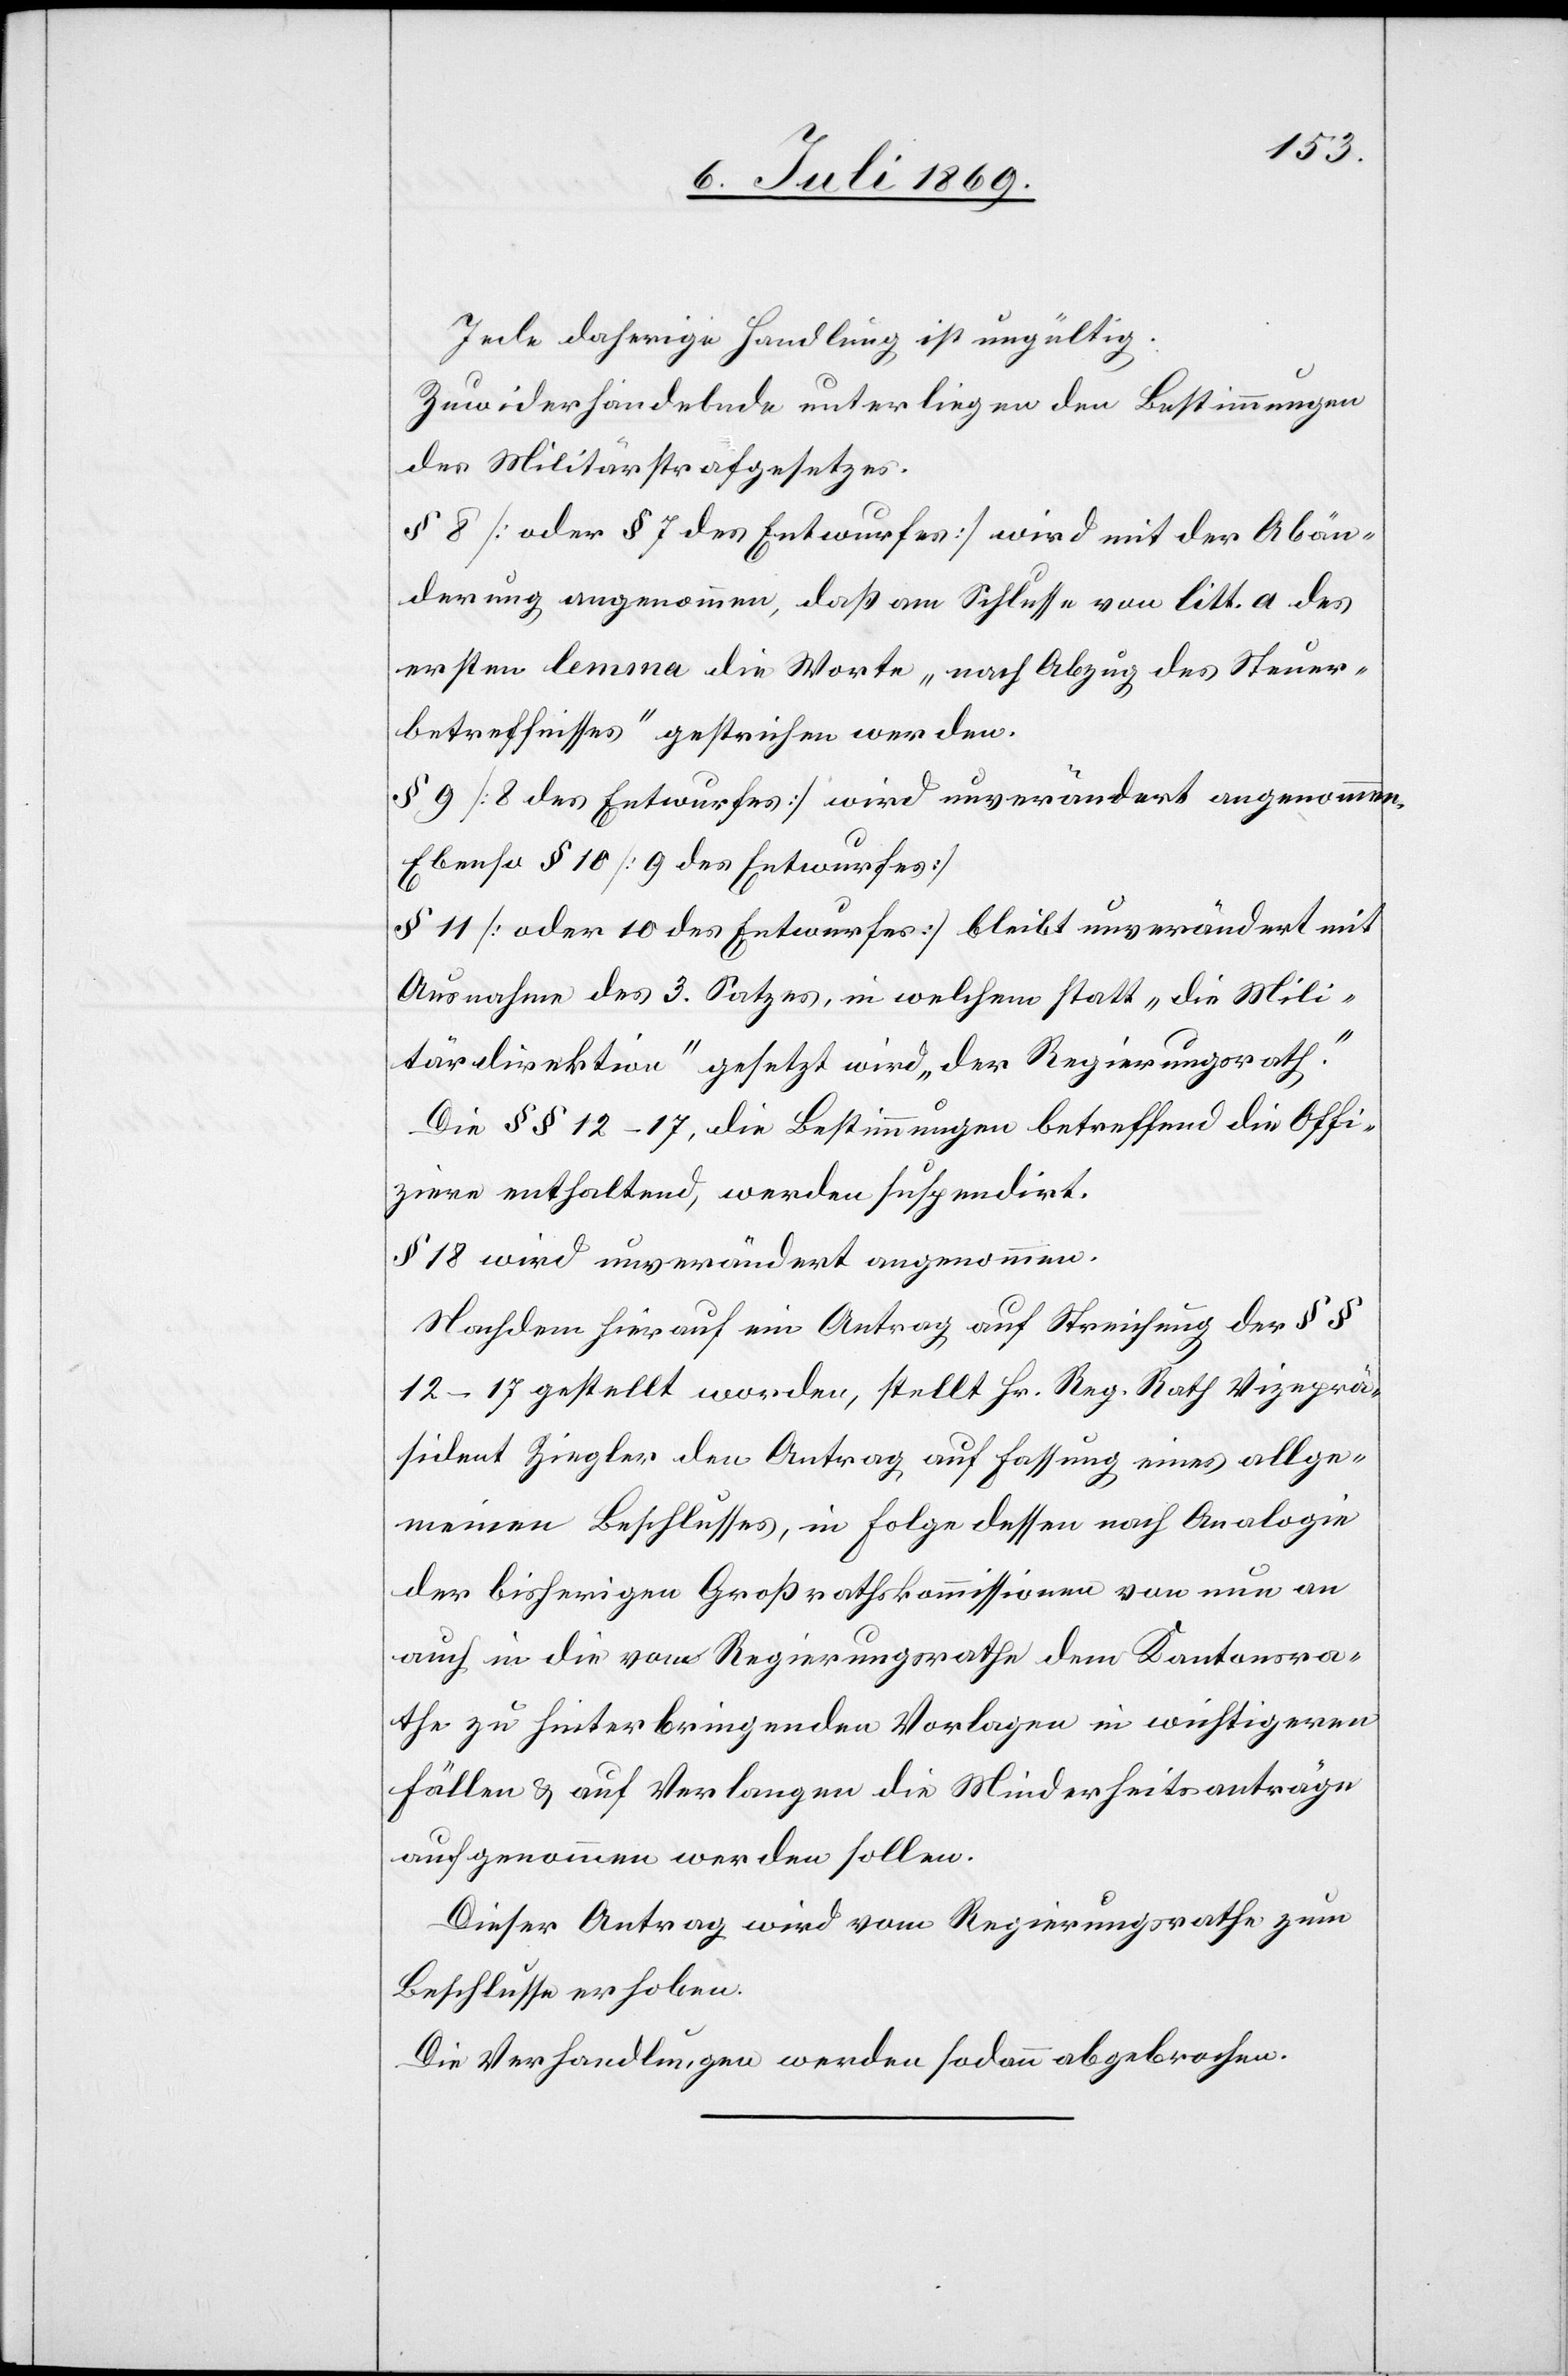
Jede daherige Handlung ist ungültig.
Zuwiderhandelnde unterliegen den Bestimmungen
des Militärstrafgesetzes.
§ 8 [oder § 7 des Entwurfes] wird mit der Abän¬
derung angenommen, daß am Schlusse von litt. a. des
ersten lemma die Worte „nach Abzug des Steuer¬
betreffnisses“ gestrichen werden.
§ 9 [8 des Entwurfes] wird unverändert angenommen.
Ebenso § 10 [9 des Entwurfes]
§ 11 [oder 10 des Entwurfes] bleibt unverändert mit
Ausnahme des 3 Satzes, in welchem statt „die Mili¬
tärdirektion“ gesetzt wird „der Regierungsrath.“
Die §§ 12–17, die Bestimmungen betreffend die Offi¬
ziere enthaltend, werden suspendirt.
§ 18 wird unverändert angenommen.
Nachdem hierauf ein Antrag auf Streichung der §§
12–17 gestellt werden, stellt Hr. Reg. Rath Vizeprä¬
sident Ziegler den Auftrag auf Fassung eines allge¬
meinen Beschlusses, in Folge dessen nach Analogie
der bisherigen Großrathskommissionen von nun an
auch in die vom Regierungsrathe dem Kantonsra¬
the zu hinterbringenden Vorlagen in wichtigeren
Fällen u. auf Verlangen die Minderheitsanträge
aufgenommen werden sollen.
Dieser Antrag wird vom Regierungsrathe zum
Beschlusse erhoben.
Die Verhandlungen werden sodann abgebrochen.